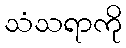
သံသရာကို